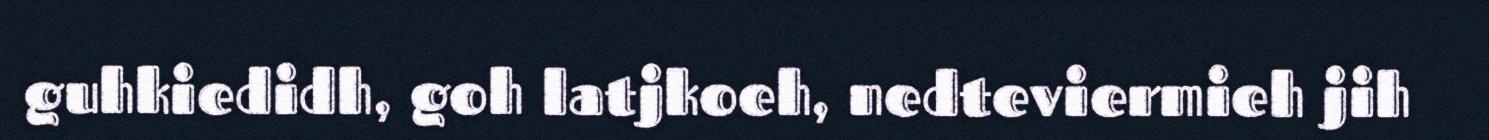
guhkiedidh, goh latjkoeh, nedteviermieh jih